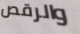
والرقص